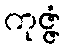
ကုဇ္ဇံ